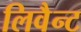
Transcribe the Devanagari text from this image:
लिवैन्ट